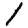
Digit: 1